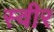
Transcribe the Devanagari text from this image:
स्वीर